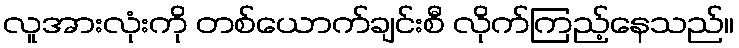
လူအားလုံးကို တစ်ယောက်ချင်းစီ လိုက်ကြည့်နေသည်။